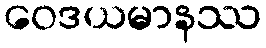
ဝေဒယမာနဿ